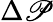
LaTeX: \Delta\mathscr{P}